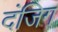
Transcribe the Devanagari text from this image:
दंजिग